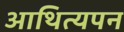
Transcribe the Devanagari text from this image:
आथित्यपन